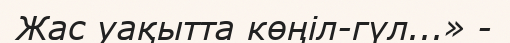
Жас уақытта көңіл-гүл...» -